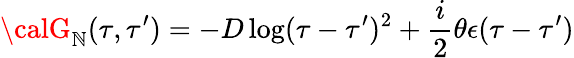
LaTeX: {\calG}_{\mathbb{N}}(\tau,\tau^{\prime})=-D\log(\tau-\tau^{\prime})^{2}+\frac{i}{2}\theta\epsilon(\tau-\tau^{\prime})